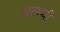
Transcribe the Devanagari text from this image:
अस्थ्यी